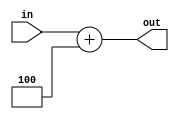
`timescale 1ns / 1ps
////////////////////////////////////////////////////////////////////////////////////////////////////
//==================================================================================================
//  Revision      : 0.1
//  Company       : Universidad Simn Bolvar
//
//  Description   : 
//==================================================================================================
////////////////////////////////////////////////////////////////////////////////////////////////////
module elbeth_add4(
    input [31:0] 	in,
    output [31:0] 	out
    );
	
	assign out = in + 32'd4;

endmodule //elbeth_add4